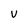
Character: v